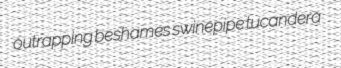
outrapping beshames swinepipe tucandera